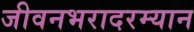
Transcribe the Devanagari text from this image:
जीवनभरादरम्यान